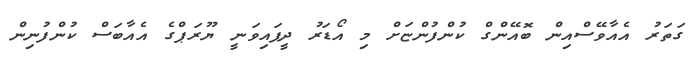
ގަތަރު އެއާވޭސްއިން ބޮއޭންގް ކުންފުންޏަށް މި އޯޑަރު ދީފައިވަނީ ޔޫރަޕްގެ އެއާބަސް ކުންފުނިން